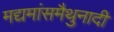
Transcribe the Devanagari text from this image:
मद्यमांसमैथुनादी